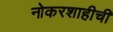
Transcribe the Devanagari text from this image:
नोकरशाहीची